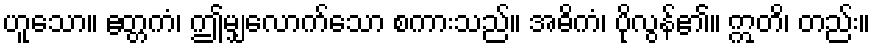
ဟူသော။ ဧတ္တကံ၊ ဤမျှလောက်သော စကားသည်။ အဓိကံ၊ ပိုလွန်၏။ ဣတိ၊ တည်း။